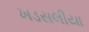
ખડસલીયા